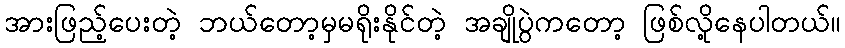
အားဖြည့်ပေးတဲ့ ဘယ်တော့မှမရိုးနိုင်တဲ့ အချိုပွဲကတော့ ဖြစ်လို့နေပါတယ်။